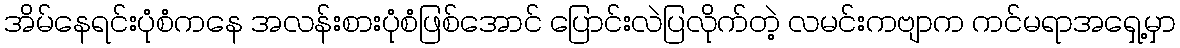
အိမ်နေရင်းပုံစံကနေ အလန်းစားပုံစံဖြစ်အောင် ပြောင်းလဲပြလိုက်တဲ့ လမင်းကဗျာက ကင်မရာအရှေ့မှာ